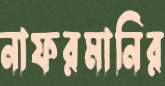
নাফরমানির